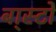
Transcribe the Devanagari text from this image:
बा्स्टो